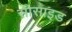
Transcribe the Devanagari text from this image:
सीसाइड